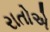
રાતોએ